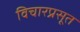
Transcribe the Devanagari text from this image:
विचारप्रसूत